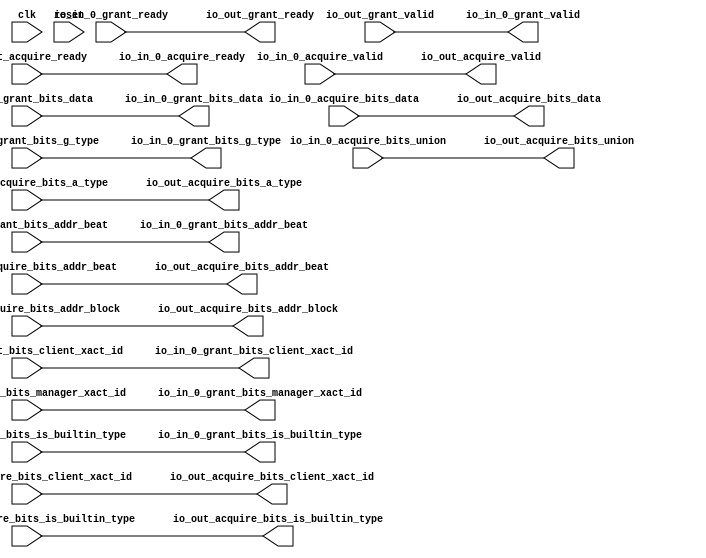
// Copyright (c) 2017, Microsemi Corporation
// All rights reserved.
//
// Redistribution and use in source and binary forms, with or without
// modification, are permitted provided that the following conditions are met:
//     * Redistributions of source code must retain the above copyright
//       notice, this list of conditions and the following disclaimer.
//     * Redistributions in binary form must reproduce the above copyright
//       notice, this list of conditions and the following disclaimer in the
//       documentation and/or other materials provided with the distribution.
//     * Neither the name of the <organization> nor the
//       names of its contributors may be used to endorse or promote products
//       derived from this software without specific prior written permission.
//
// THIS SOFTWARE IS PROVIDED BY THE COPYRIGHT HOLDERS AND CONTRIBUTORS "AS IS" AND
// ANY EXPRESS OR IMPLIED WARRANTIES, INCLUDING, BUT NOT LIMITED TO, THE IMPLIED
// WARRANTIES OF MERCHANTABILITY AND FITNESS FOR A PARTICULAR PURPOSE ARE
// DISCLAIMED. IN NO EVENT SHALL MICROSEMI CORPORATIONM BE LIABLE FOR ANY
// DIRECT, INDIRECT, INCIDENTAL, SPECIAL, EXEMPLARY, OR CONSEQUENTIAL DAMAGES
// (INCLUDING, BUT NOT LIMITED TO, PROCUREMENT OF SUBSTITUTE GOODS OR SERVICES;
// LOSS OF USE, DATA, OR PROFITS; OR BUSINESS INTERRUPTION) HOWEVER CAUSED AND
// ON ANY THEORY OF LIABILITY, WHETHER IN CONTRACT, STRICT LIABILITY, OR TORT
// (INCLUDING NEGLIGENCE OR OTHERWISE) ARISING IN ANY WAY OUT OF THE USE OF THIS
// SOFTWARE, EVEN IF ADVISED OF THE POSSIBILITY OF SUCH DAMAGE.
//
// Description:
//
// SVN Revision Information:
// SVN $Revision: 29484 $
// SVN $Date: 2017-03-31 09:57:25 +0100 (Fri, 31 Mar 2017) $
//
// Resolved SARs
// SAR      Date     Who   Description
//
// Notes:
//
// ****************************************************************************/
`define RANDOMIZE
`timescale 1ns/10ps
module PROC_SUBSYSTEM_CORERISCV_AXI4_0_CORERISCV_AXI4_CLIENT_UNCACHED_TILE_LINK_IO_ARBITER_1(
  input   clk,
  input   reset,
  output  io_in_0_acquire_ready,
  input   io_in_0_acquire_valid,
  input  [25:0] io_in_0_acquire_bits_addr_block,
  input  [1:0] io_in_0_acquire_bits_client_xact_id,
  input  [2:0] io_in_0_acquire_bits_addr_beat,
  input   io_in_0_acquire_bits_is_builtin_type,
  input  [2:0] io_in_0_acquire_bits_a_type,
  input  [11:0] io_in_0_acquire_bits_union,
  input  [63:0] io_in_0_acquire_bits_data,
  input   io_in_0_grant_ready,
  output  io_in_0_grant_valid,
  output [2:0] io_in_0_grant_bits_addr_beat,
  output [1:0] io_in_0_grant_bits_client_xact_id,
  output  io_in_0_grant_bits_manager_xact_id,
  output  io_in_0_grant_bits_is_builtin_type,
  output [3:0] io_in_0_grant_bits_g_type,
  output [63:0] io_in_0_grant_bits_data,
  input   io_out_acquire_ready,
  output  io_out_acquire_valid,
  output [25:0] io_out_acquire_bits_addr_block,
  output [1:0] io_out_acquire_bits_client_xact_id,
  output [2:0] io_out_acquire_bits_addr_beat,
  output  io_out_acquire_bits_is_builtin_type,
  output [2:0] io_out_acquire_bits_a_type,
  output [11:0] io_out_acquire_bits_union,
  output [63:0] io_out_acquire_bits_data,
  output  io_out_grant_ready,
  input   io_out_grant_valid,
  input  [2:0] io_out_grant_bits_addr_beat,
  input  [1:0] io_out_grant_bits_client_xact_id,
  input   io_out_grant_bits_manager_xact_id,
  input   io_out_grant_bits_is_builtin_type,
  input  [3:0] io_out_grant_bits_g_type,
  input  [63:0] io_out_grant_bits_data
);
  assign io_in_0_acquire_ready = io_out_acquire_ready;
  assign io_in_0_grant_valid = io_out_grant_valid;
  assign io_in_0_grant_bits_addr_beat = io_out_grant_bits_addr_beat;
  assign io_in_0_grant_bits_client_xact_id = io_out_grant_bits_client_xact_id;
  assign io_in_0_grant_bits_manager_xact_id = io_out_grant_bits_manager_xact_id;
  assign io_in_0_grant_bits_is_builtin_type = io_out_grant_bits_is_builtin_type;
  assign io_in_0_grant_bits_g_type = io_out_grant_bits_g_type;
  assign io_in_0_grant_bits_data = io_out_grant_bits_data;
  assign io_out_acquire_valid = io_in_0_acquire_valid;
  assign io_out_acquire_bits_addr_block = io_in_0_acquire_bits_addr_block;
  assign io_out_acquire_bits_client_xact_id = io_in_0_acquire_bits_client_xact_id;
  assign io_out_acquire_bits_addr_beat = io_in_0_acquire_bits_addr_beat;
  assign io_out_acquire_bits_is_builtin_type = io_in_0_acquire_bits_is_builtin_type;
  assign io_out_acquire_bits_a_type = io_in_0_acquire_bits_a_type;
  assign io_out_acquire_bits_union = io_in_0_acquire_bits_union;
  assign io_out_acquire_bits_data = io_in_0_acquire_bits_data;
  assign io_out_grant_ready = io_in_0_grant_ready;
endmodule